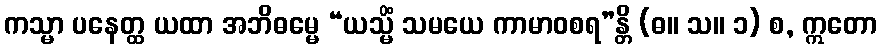
ကသ္မာ ပနေတ္ထ ယထာ အဘိဓမ္မေ “ယသ္မိံ သမယေ ကာမာဝစရ”န္တိ (ဓ။ သ။ ၁) စ, ဣတော